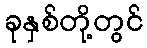
ခုနှစ်တို့တွင်